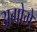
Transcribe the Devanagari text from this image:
अगोगे